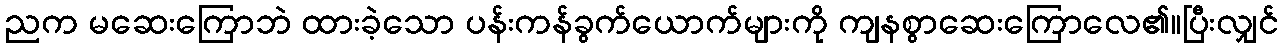
ညက မဆေးကြောဘဲ ထားခဲ့သော ပန်းကန်ခွက်ယောက်များကို ကျနစွာဆေးကြောလေ၏။ပြီးလျှင်